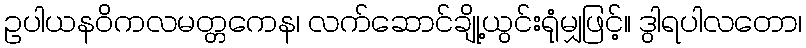
ဥပါယနဝိကလမတ္တကေန၊ လက်ဆောင်ချို့ယွင်းရုံမျှဖြင့်။ ဒွါရပါလတော၊